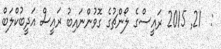
:  21